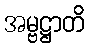
အမ္ဗဋ္ဌာတိ